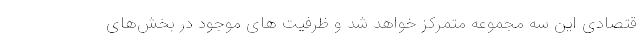
قتصادی این سه مجموعه متمرکز خواهد شد و ظرفیت های موجود در بخش‌های